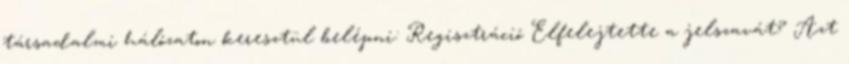
társadalmi hálózaton keresztül belépni: Regisztráció Elfelejtette a jelszavát? Azt